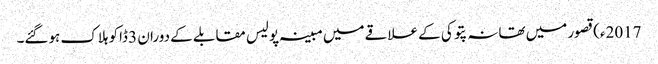
2017ء)قصور میں تھانہ پتوکی کے علاقے میں مبینہ پولیس مقابلے کے دوران 3 ڈاکو ہلاک ہوگئے۔